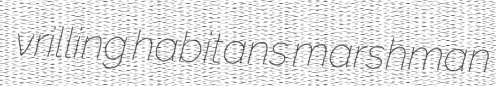
vrilling habitans marshman